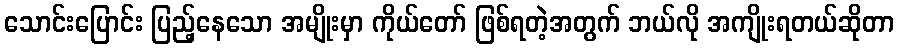
သောင်းပြောင်း ပြည့်နေသော အမျိုးမှာ ကိုယ်တော် ဖြစ်ရတဲ့အတွက် ဘယ်လို အကျိုးရတယ်ဆိုတာ